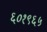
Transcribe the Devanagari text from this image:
६०१९६५